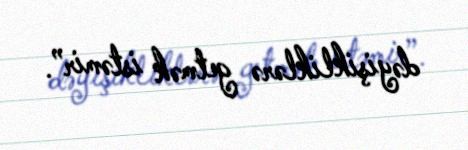
dəyişikliklərə getmək istəmir”.